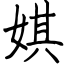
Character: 娸